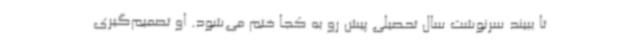
تا ببیند سرنوشت‌ سال تحصیلی پیش‌ رو به کجا ختم می‌شود. او تصمیم‌گیری